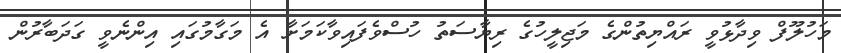
މަހުލޫފް ވިދާޅުވީ ރައްޔިތުންގެ މަޖިލީހުގެ ރިޔާސަތު ހުސްވެފައިވާކަމަށާ އެ މަގާމުގައި އިންނެވީ ގަދަބާރުން